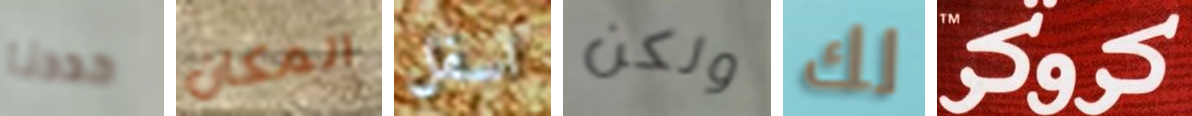
حددنا المكان اسفل ولكن لك كروكر